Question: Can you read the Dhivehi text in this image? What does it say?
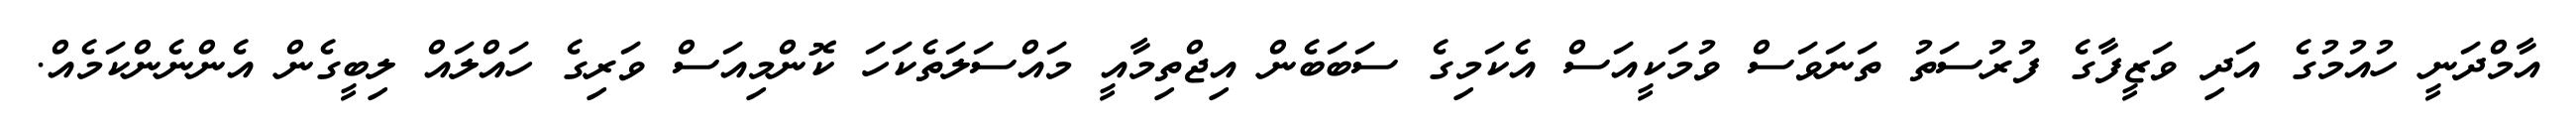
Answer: އާމްދަނީ ހުއުމުގެ އަދި ވަޒީފާގެ ފުރުސަތު ތަނަވަސް ވުމަކީއަސް އެކަމިގެ ސަބަބެން އިޖްތިމާއީ މައްސަލަތެކަހަ ކޮންމިއަސް ވަރިގެ ހައްލައް ލިބީގެން އެންނެންކަމެއް.